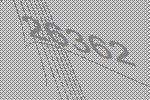
26362